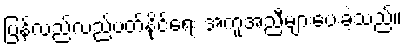
ပြန်လည်လည်ပတ်နိုင်ရေး အကူအညီများပေးခဲ့သည်။